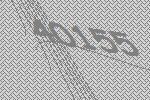
40155